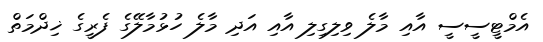
އެމްޓީސީސީ އާއި މާލެ ވިލިގިލި އާއި އަދި މާލެ ހުޅުމާލޭގެ ފެރީގެ ޚިދްމަތް